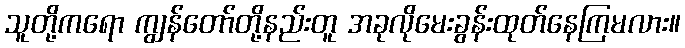
သူတို့ကရော ကျွန်တော်တို့နည်းတူ အခုလိုမေးခွန်းထုတ်နေကြမလား။